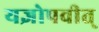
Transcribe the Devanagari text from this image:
यज्ञोपवीत्